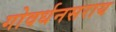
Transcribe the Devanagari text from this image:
गोवर्धनसराय